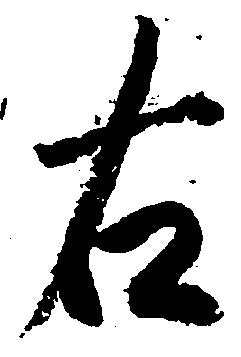
右